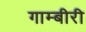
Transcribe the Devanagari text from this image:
गाम्बीरी